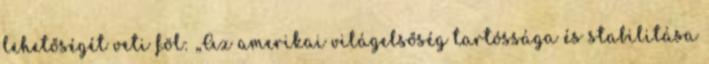
lehetőségét veti föl: „Az amerikai világelsőség tartóssága és stabilitása